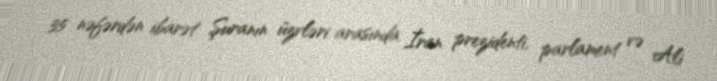
35 nəfərdən ibarət Şuranın üzvləri arasında İran prezidenti, parlament və Ali